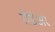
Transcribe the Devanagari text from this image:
रोडेअर